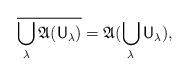
LaTeX: \begin{align*} \overline{ \bigcup_\lambda \mathfrak A(\mathsf U_\lambda)} = \mathfrak A(\bigcup_\lambda \mathsf U_\lambda), \end{align*}